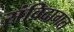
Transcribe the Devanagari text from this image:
संविदागत